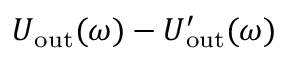
U _ { \mathrm { o u t } } ( \omega ) - U _ { \mathrm { o u t } } ^ { \prime } ( \omega )